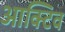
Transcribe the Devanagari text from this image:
आक्टिव